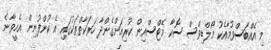
މި އެއްބަސްވުމާއެކު މޯލްޑިވްސް ސޮކާ މޭޓްސްއިން ކުރިއަށްގެންދާ ހަރަކާތްތަކުގައި އެ ކުންފުނިން އެހީވާނެ